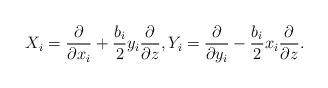
LaTeX: \begin{align*}X_i=\frac{\partial}{\partial x_i}+\frac{b_i}{2}y_i\frac{\partial}{\partial z},Y_i=\frac{\partial}{\partial y_i}-\frac{b_i}{2}x_i\frac{\partial}{\partial z}.\end{align*}